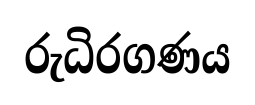
රුධිරගණය